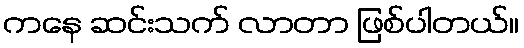
ကနေ ဆင်းသက် လာတာ ဖြစ်ပါတယ်။